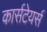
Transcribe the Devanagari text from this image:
कार्सटेयर्स